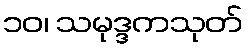
၁၀၊ သမုဒ္ဒကသုတ်